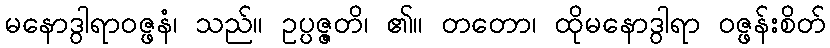
မနောဒွါရာဝဇ္ဖနံ၊ သည်။ ဥပ္ပဇ္ဇတိ၊ ၏။ တတော၊ ထိုမနောဒွါရာ ဝဇ္ဖန်းစိတ်